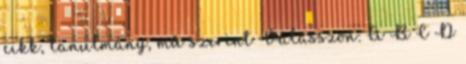
cikk, tanulmány, mű szerint Válasszon: A B C D